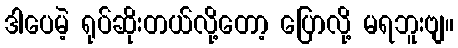
ဒါပေမဲ့ ရုပ်ဆိုးတယ်လို့တော့ ပြောလို့ မရဘူးဗျ။